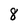
Character: 8